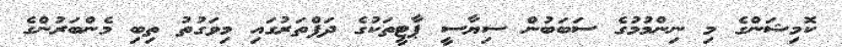
ކޮމިޝަންގެ މި ނިންމުމުގެ ސަބަބުން ސިޔާސީ ޕާޓީތަކުގެ ދަފްތަރުގައި މިވަގުތު ތިބި މެންބަރުންގެ